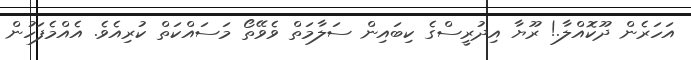
އަހަރެން ދޫކޮއްލާ.! ރޫޔާ އިދުރީސްގެ ކިބައިން ސަލާމަތް ވެވޭތޯ މަސައްކަތް ކުރިއެވެ. އެއްމެފަހުން